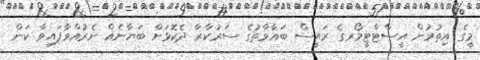
މީގެ އިތުރުން އީސްޓްޓީމޯރގެ ރައީސް ބަޣާވާތުގެ ސަރުކާރާ ދެކޮޅަށް ބަޔާނެއް ނެރުއްވާފައިވާ ކަން